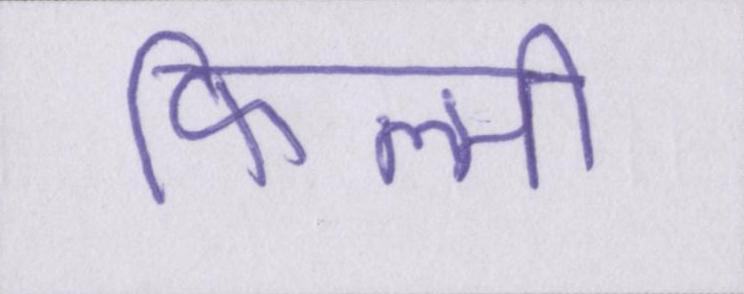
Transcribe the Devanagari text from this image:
फिल्मी